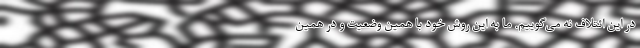
در این ائتلاف نه می‌گوییم. ما به این روش خود با همین وضعیت و در همین